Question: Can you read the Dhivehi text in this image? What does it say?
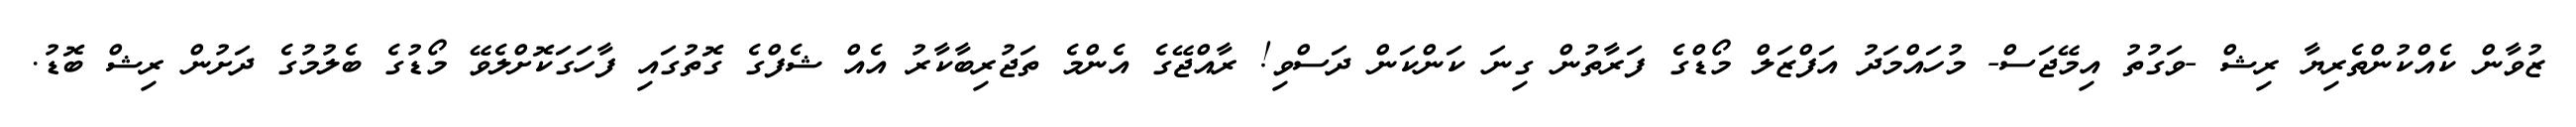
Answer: ޒުވާން ކެއްކުންތެރިޔާ ރިޝް -ވަގުތު އިމޭޖަސް- މުހައްމަދު އަފްޒަލް މޯޑްގެ ފަރާތުން ގިނަ ކަންކަން ދަސްވި! ރާއްޖޭގެ އެންމެ ތަޖުރިބާކާރު އެއް ޝެފްގެ ގޮތުގައި ފާހަގަކޮށްލެވޭ މޯޑުގެ ބެލުމުގެ ދަށުން ރިޝް ބޮޑު.